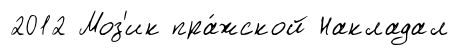
2012 Моз'ик пра́жской Накладал